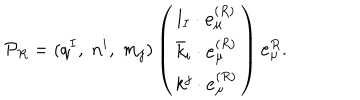
{ \cal P } _ { R } = ( q ^ { I } , \; n ^ { i } , \; m _ { j } ) \left( \begin{array} { c } { { l _ { I } \cdot { \bf e } _ { \mu } ^ { ( R ) } } } \\ { { { \bar { k } } _ { i } \cdot { \bf e } _ { \mu } ^ { ( R ) } } } \\ { { k ^ { j } \cdot { \bf e } _ { \mu } ^ { ( R ) } } } \\ \end{array} \right) { \bf e } _ { \mu } ^ { R } .